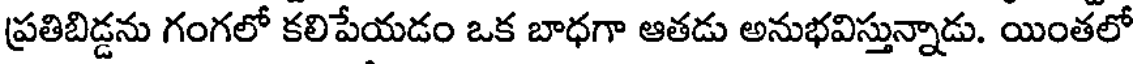
ప్రతిబిడ్డను గంగలో కలిపేయడం ఒక బాధగా ఆతడు అనుభవిస్తున్నాడు. యింతలో